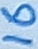
Text: 16